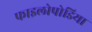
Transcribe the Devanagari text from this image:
फाइलोपोडिया